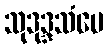
သုဒုဒ္ဒသံပေ